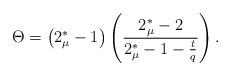
LaTeX: \begin{align*}\Theta &=\big(2_{\mu}^*-1\big)\left( \frac{2_{\mu}^*-2}{2_{\mu}^*-1 -\frac{t}{q}}\right).\end{align*}